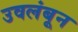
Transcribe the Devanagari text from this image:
उवलंबून